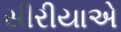
સીરીયાએ